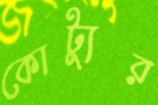
কোট্যুর